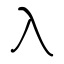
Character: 入